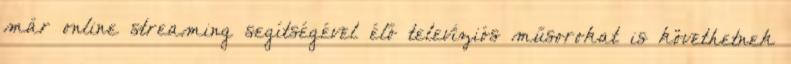
már online streaming segítségével élő televíziós műsorokat is követhetnek